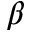
\beta